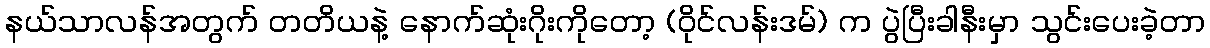
နယ်သာလန်အတွက် တတိယနဲ့ နောက်ဆုံးဂိုးကိုတော့ (ဝိုင်လန်းဒမ်) က ပွဲပြီးခါနီးမှာ သွင်းပေးခဲ့တာ